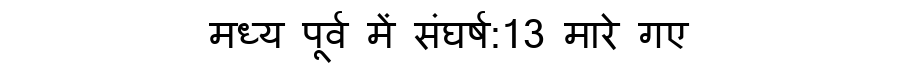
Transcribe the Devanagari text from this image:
मध्य पूर्व में संघर्ष:13 मारे गए